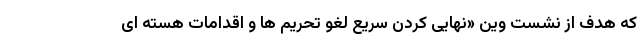
که هدف از نشست وین «نهایی کردن سریع لغو تحریم ها و اقدامات هسته ای